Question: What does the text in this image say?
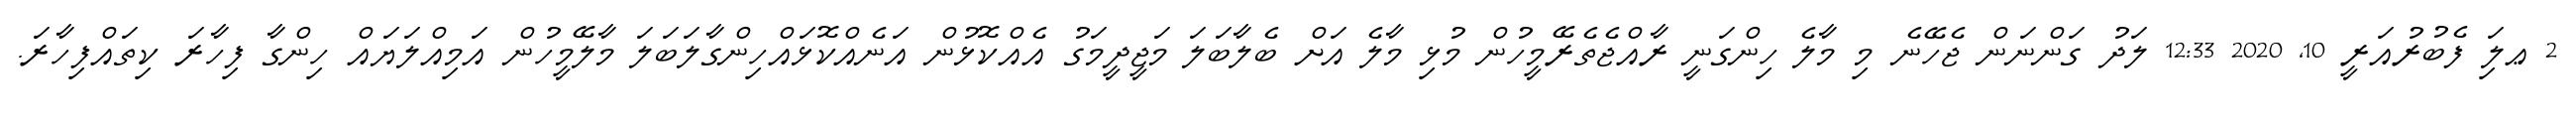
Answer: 2 ޢލަި ފެބުރުއަރީ 10, 2020 12:33 ލަދު ގަންނަން ޖެހޭނެ މި މާލެ ހިންގަނީ ރާއްޖެތެރޭމީހުން މުޅި މާލެ އަށް ބެލާބަލަ މަޖީދީމަގު އެއްކޮޅުން އަނެއްކޮޅައްހިންގާލަބަލަ މާލޭމީހުން އަމިއްލަޔައް ހިންގާ ފިހާރަ ކިތައްފިހާރަ.